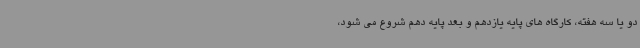
دو یا سه هفته، کارگاه های پایه یازدهم و بعد پایه دهم شروع می شود،